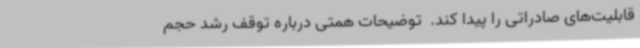
قابلیت‌های صادراتی را پیدا کند. ‌ توضیحات همتی درباره توقف رشد حجم